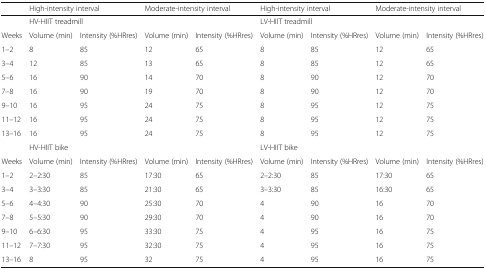
<table><thead><tr><td></td><td colspan="2"><b>High-intensity interval</b></td><td colspan="2"><b>Moderate-intensity interval</b></td><td colspan="2"><b>High-intensity interval</b></td><td colspan="2"><b>Moderate-intensity interval</b></td></tr></thead><tbody><tr><td></td><td colspan="4">HV-HIIT treadmill</td><td colspan="4">LV-HIIT treadmill</td></tr><tr><td>Weeks</td><td>Volume (min)</td><td>Intensity (%HRres)</td><td>Volume (min)</td><td>Intensity (%HRres)</td><td>Volume (min)</td><td>Intensity (%HRres)</td><td>Volume (min)</td><td>Intensity (%HRres)</td></tr><tr><td>1–2</td><td>8</td><td>85</td><td>12</td><td>65</td><td>8</td><td>85</td><td>12</td><td>65</td></tr><tr><td>3–4</td><td>12</td><td>85</td><td>13</td><td>65</td><td>8</td><td>85</td><td>12</td><td>65</td></tr><tr><td>5–6</td><td>16</td><td>90</td><td>14</td><td>70</td><td>8</td><td>90</td><td>12</td><td>70</td></tr><tr><td>7–8</td><td>16</td><td>90</td><td>19</td><td>70</td><td>8</td><td>90</td><td>12</td><td>70</td></tr><tr><td>9–10</td><td>16</td><td>95</td><td>24</td><td>75</td><td>8</td><td>95</td><td>12</td><td>75</td></tr><tr><td>11–12</td><td>16</td><td>95</td><td>24</td><td>75</td><td>8</td><td>95</td><td>12</td><td>75</td></tr><tr><td>13–16</td><td>16</td><td>95</td><td>24</td><td>75</td><td>8</td><td>95</td><td>12</td><td>75</td></tr><tr><td></td><td colspan="4">HV-HIIT bike</td><td colspan="4">LV-HIIT bike</td></tr><tr><td>Weeks</td><td>Volume (min)</td><td>Intensity (%HRres)</td><td>Volume (min)</td><td>Intensity (%HRres)</td><td>Volume (min)</td><td>Intensity (%HRres)</td><td>Volume (min)</td><td>Intensity (%HRres)</td></tr><tr><td>1–2</td><td>2–2:30</td><td>85</td><td>17:30</td><td>65</td><td>2–2:30</td><td>85</td><td>17:30</td><td>65</td></tr><tr><td>3–4</td><td>3–3:30</td><td>85</td><td>21:30</td><td>65</td><td>3–3:30</td><td>85</td><td>16:30</td><td>65</td></tr><tr><td>5–6</td><td>4–4:30</td><td>90</td><td>25:30</td><td>70</td><td>4</td><td>90</td><td>16</td><td>70</td></tr><tr><td>7–8</td><td>5–5:30</td><td>90</td><td>29:30</td><td>70</td><td>4</td><td>90</td><td>16</td><td>70</td></tr><tr><td>9–10</td><td>6–6:30</td><td>95</td><td>33:30</td><td>75</td><td>4</td><td>95</td><td>16</td><td>75</td></tr><tr><td>11–12</td><td>7–7:30</td><td>95</td><td>32:30</td><td>75</td><td>4</td><td>95</td><td>16</td><td>75</td></tr><tr><td>13–16</td><td>8</td><td>95</td><td>32</td><td>75</td><td>4</td><td>95</td><td>16</td><td>75</td></tr></tbody></table>